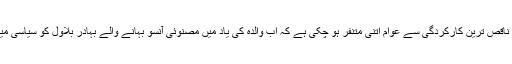
مستقبل میں بلاول کا جو بھی سیاسی کردار ہو لیکن پی پی کی پانچ سالہ ناقص ترین کارکردگی سے عوام اتنی متنفر ہو چکی ہے کہ اب والدہ کی یاد میں مصنوئی آنسو بہانے والے بہادر بلاول کو سیاسی میدان میں لانے سے پی پی کو کوئی غیبی مدد ملنے کا چانس کم ہی ہے۔